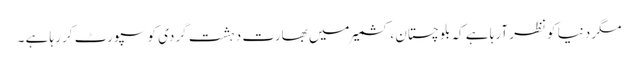
مگر دنیا کو نظر آرہا ہے کہ بلوچستان ، کشمیر میں بھارت دہشت گردی کو سپورٹ کر رہا ہے ۔